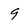
Character: 9